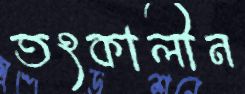
তৎকালীন